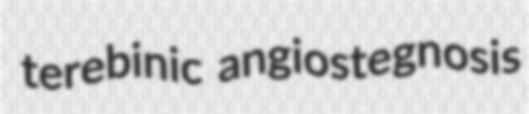
terebinic angiostegnosis